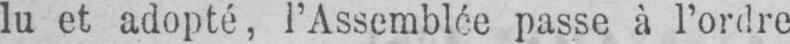
lu et adopté, l’Assemblée passe à l’ordre